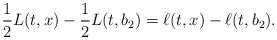
\begin{align*}\frac{1}{2}L(t,x)-\frac{1}{2}L(t,b_2)=\ell(t,x)-\ell(t,b_2). \end{align*}